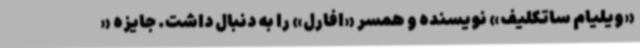
«ویلیام ساتکلیف» نویسنده و همسر «افارل» را به دنبال داشت. جایزه «